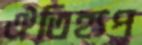
ঐতিহ্যপ